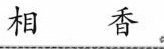
相 香